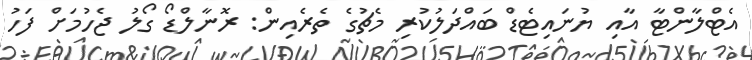
އެޓްލާންޓާ އާއި ޔުނައިޓެޑް ބައްދަލުކުރި މެޗުގެ ތެރެއިން: ރޮނާލްޑޯ ގޯލު ޖެހުމަށް ފަހު